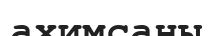
ахимсаны